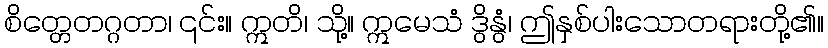
စိတ္တေတဂ္ဂတာ၊ ၎င်း။ ဣတိ၊ သို့။ ဣမေသံ ဒွိနွံ၊ ဤနှစ်ပါးသောတရားတို့၏။